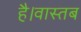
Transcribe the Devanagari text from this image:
है।वास्तब